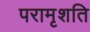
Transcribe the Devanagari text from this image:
परामृशति